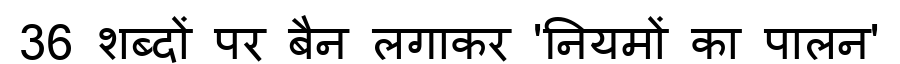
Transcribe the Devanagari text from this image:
36 शब्दों पर बैन लगाकर 'नियमों का पालन'